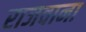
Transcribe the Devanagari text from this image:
राजवाना